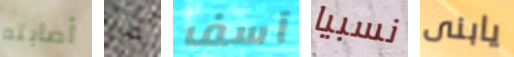
أصابته من آسف نسبيا يابنى